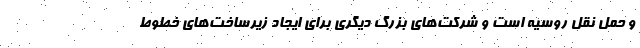
و حمل نقل روسیه است و شرکت‌های بزرگ دیگری برای ایجاد زیرساخت‌های خطوط